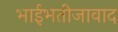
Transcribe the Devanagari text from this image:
भाईभतीजावाद